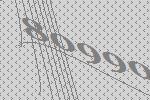
80990